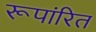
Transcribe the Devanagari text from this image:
रूपांरित